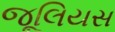
જૂલિયસ